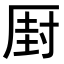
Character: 𠪆